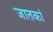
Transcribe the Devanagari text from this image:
जातकां